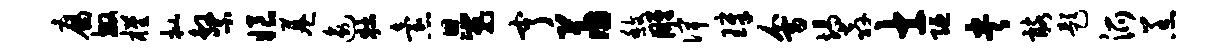
腐敏槿批系娘巷逾牡怠恩嵬亨萧馥雕俾璋会竭奔士陋央髂题派羔